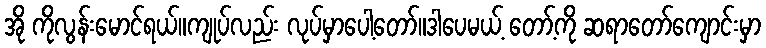
အို ကိုလွန်းမောင်ရယ်။ကျုပ်လည်း လုပ်မှာပေါ့တော်။ဒါပေမယ့် တော့်ကို ဆရာတော်ကျောင်းမှာ